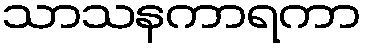
သာသနကာရကာ